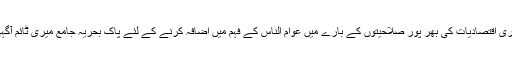
سمندروں اور ملکی بحری اقتصادیات کی بھر پور صلاحیتوں کے بارے میں عوام الناس کے فہم میں اضافہ کرنے کے لئے پاک بحریہ جامع میری ٹائم آگہی مہم پر عمل پیرا ہے۔